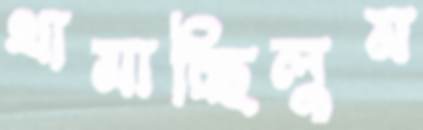
থামাচ্ছিলুম